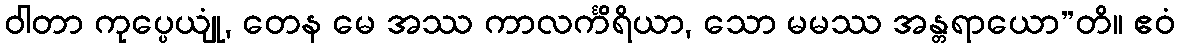
ဝါတာ ကုပ္ပေယျုံ, တေန မေ အဿ ကာလင်္ကိရိယာ, သော မမဿ အန္တရာယော”တိ။ ဧဝံ